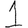
Digit: 1